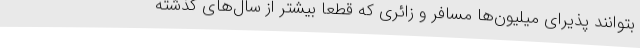
بتوانند پذیرای میلیون‌ها مسافر و زائری که قطعا بیشتر از سال‌های گذشته